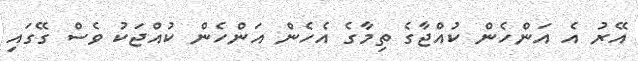
އޭރު އެ އަންހެން ކުއްޖާގެ ތިމާގެ އެހެން އަންހެން ކުއްޖަކު ވެސް ގޭގައި